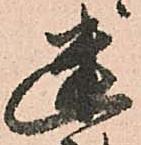
幽